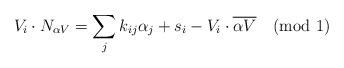
LaTeX: \begin{align*}V_i\cdot N_{\alpha V}= \sum_j k_{ij}\alpha_j+s_i-V_i\cdot\overline{\alpha V} \quad (\mbox{mod\ 1})\end{align*}